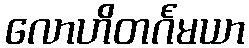
လောဟိတင်္ဂမယာ